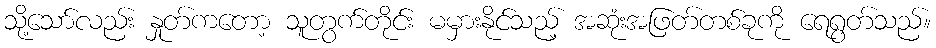
သို့သော်လည်း နှုတ်ကတော့ သူတွက်တိုင်း မမှားနိုင်သည့် အဆုံးအဖြတ်တစ်ခုကို ရေရွတ်သည်။